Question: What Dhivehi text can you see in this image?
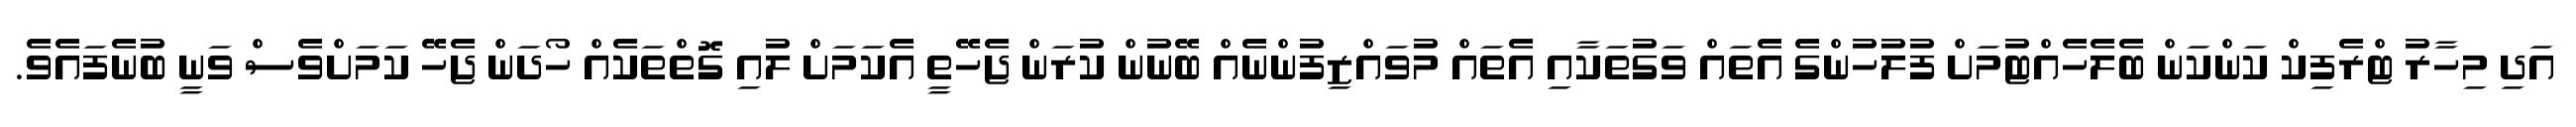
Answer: އަދި މިހާރު ޓްރެފިކް ކަންކަން ބެލެހެއްޓުމަށް ފުލުހުންގެ އެތައް ވަގުތަކާއި އެތައް މުވައްޒިފުންނެއް ބޭނުން ކުރަން ޖެހޭތީ އެކަމަށް ލުއި ގޮތްތަކެއް ހޯދަން ޖެހޭ ކަމަށްވެސް ވަނީ ބުނެފައެވެ.